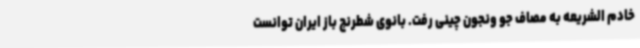
خادم الشریعه به مصاف جو ونجون چینی رفت. بانوی شطرنج باز ایران توانست